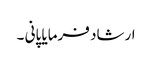
ارشاد فرمایا پانی ۔